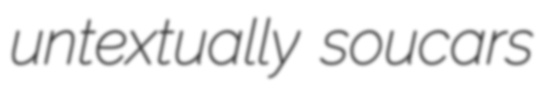
untextually soucars